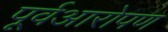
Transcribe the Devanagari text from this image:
पूर्वआरोपण